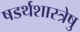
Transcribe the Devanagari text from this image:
षडर्थशास्त्रेषु